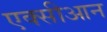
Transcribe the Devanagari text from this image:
एक्सीआन